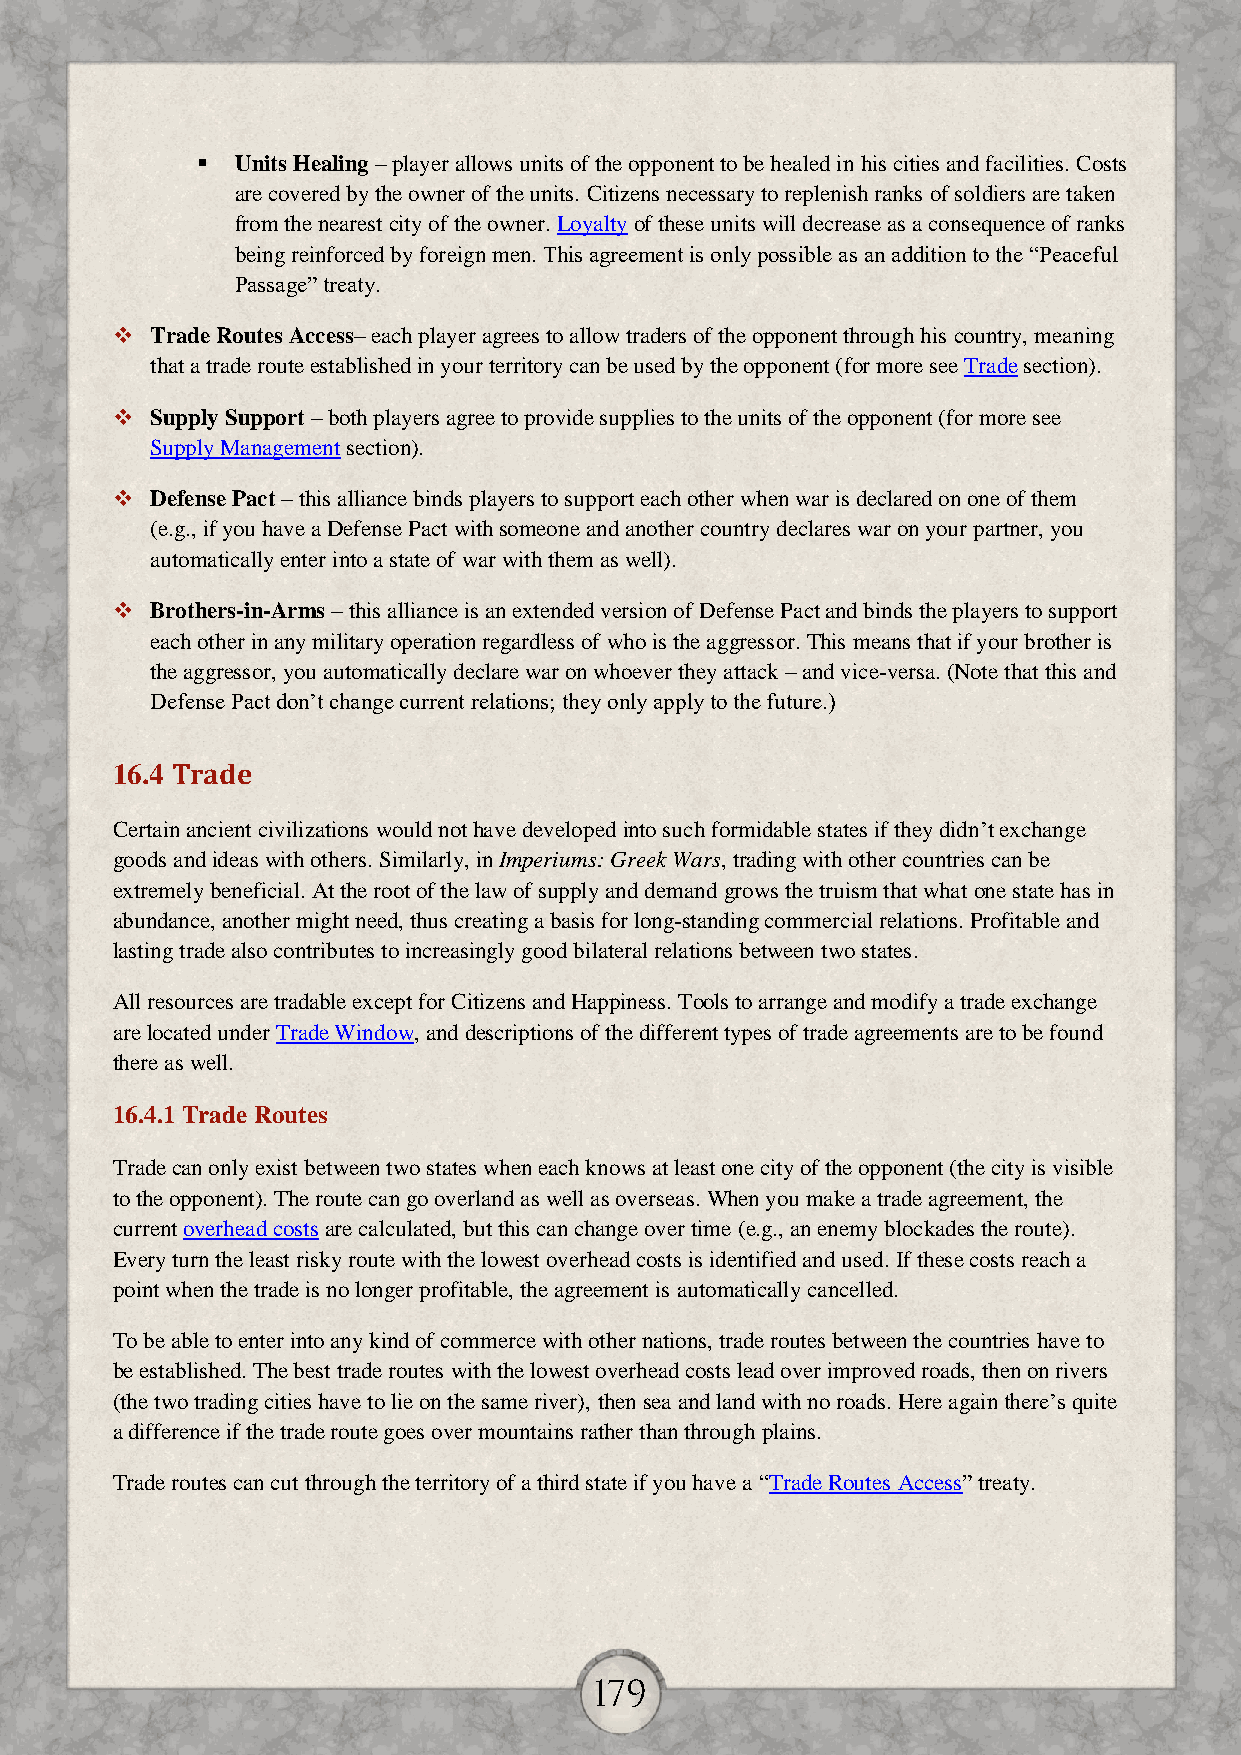
  Units Healing – player allows units of the opponent to be healed in his cities and facilities. Costs
 are covered by the owner of the units. Citizens necessary to replenish ranks of soldiers are taken
 from the nearest city of the owner. Loyalty of these units will decrease as a consequence of ranks
 being reinforced by foreign men. This agreement is only possible as an addition to the “Peaceful
 Passage” treaty.
   Trade Routes Access– each player agrees to allow traders of the opponent through his country, meaning
 that a trade route established in your territory can be used by the opponent (for more see Trade section).
   Supply Support – both players agree to provide supplies to the units of the opponent (for more see
 Supply Management section).
   Defense Pact – this alliance binds players to support each other when war is declared on one of them
 (e.g., if you have a Defense Pact with someone and another country declares war on your partner, you
 automatically enter into a state of war with them as well).
   Brothers-in-Arms – this alliance is an extended version of Defense Pact and binds the players to support
 each other in any military operation regardless of who is the aggressor. This means that if your brother is
 the aggressor, you automatically declare war on whoever they attack – and vice-versa. (Note that this and
 Defense Pact don’t change current relations; they only apply to the future.)
 16.4 Trade
 Certain ancient civilizations would not have developed into such formidable states if they didn’t exchange
 goods and ideas with others. Similarly, in Imperiums: Greek Wars, trading with other countries can be
 extremely beneficial. At the root of the law of supply and demand grows the truism that what one state has in
 abundance, another might need, thus creating a basis for long-standing commercial relations. Profitable and
 lasting trade also contributes to increasingly good bilateral relations between two states.
 All resources are tradable except for Citizens and Happiness. Tools to arrange and modify a trade exchange
 are located under Trade Window, and descriptions of the different types of trade agreements are to be found
 there as well.
 16.4.1 Trade Routes
 Trade can only exist between two states when each knows at least one city of the opponent (the city is visible
 to the opponent). The route can go overland as well as overseas. When you make a trade agreement, the
 current overhead costs are calculated, but this can change over time (e.g., an enemy blockades the route).
 Every turn the least risky route with the lowest overhead costs is identified and used. If these costs reach a
 point when the trade is no longer profitable, the agreement is automatically cancelled.
 To be able to enter into any kind of commerce with other nations, trade routes between the countries have to
 be established. The best trade routes with the lowest overhead costs lead over improved roads, then on rivers
 (the two trading cities have to lie on the same river), then sea and land with no roads. Here again there’s quite
 a difference if the trade route goes over mountains rather than through plains.
 Trade routes can cut through the territory of a third state if you have a “Trade Routes Access” treaty.
 179